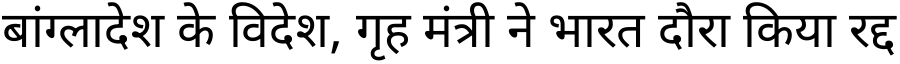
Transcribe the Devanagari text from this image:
बांग्लादेश के विदेश, गृह मंत्री ने भारत दौरा किया रद्द